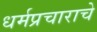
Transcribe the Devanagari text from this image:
धर्मप्रचाराचे